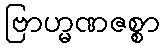
ဗြာဟ္မဏဇစ္စာ